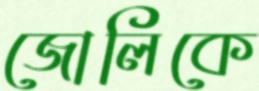
জোলিকে